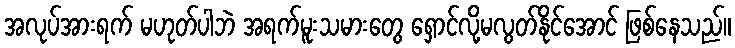
အလုပ်အားရက် မဟုတ်ပါဘဲ အရက်မူးသမားတွေ ရှောင်လို့မလွတ်နိုင်အောင် ဖြစ်နေသည်။